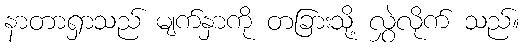
နာတာရှာသည် မျက်နှာကို တခြားသို့ လွှဲလိုက် သည်။